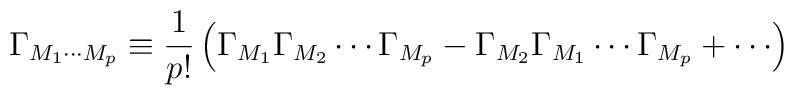
\Gamma_{M_1 \cdots M_p} \equiv \frac{1}{p!} \left( \Gamma_{M_1}\Gamma_{M_2} \cdots \Gamma_{M_p} - \Gamma_{M_2}\Gamma_{M_1} \cdots \Gamma_{M_p} + \cdots \right)